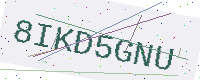
Text: 8IKD5GNU